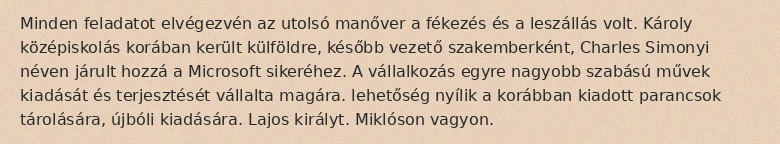
Minden feladatot elvégezvén az utolsó manőver a fékezés és a leszállás volt. Károly középiskolás korában került külföldre, később vezető szakemberként, Charles Simonyi néven járult hozzá a Microsoft sikeréhez. A vállalkozás egyre nagyobb szabású művek kiadását és terjesztését vállalta magára. lehetőség nyílik a korábban kiadott parancsok tárolására, újbóli kiadására. Lajos királyt. Miklóson vagyon.